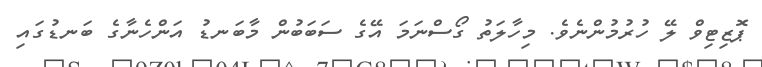
ޕޮޒިޓިވް ލޭ ހުރުމުންނެވެ. މިހާލަތު ގޯސްނަމަ އޭގެ ސަބަބުން މާބަނޑު އަންހެނާގެ ބަނޑުގައި